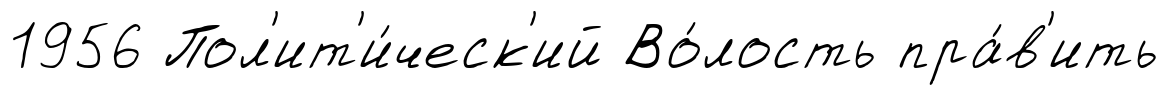
1956 Пол'ит'и́ческ'ий Во́лость пра́в'ить